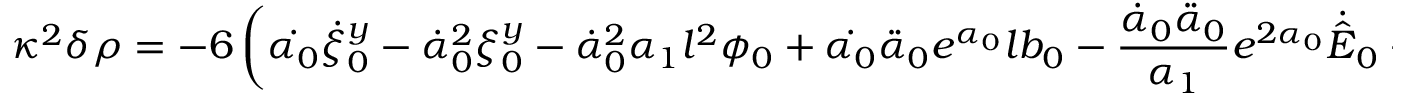
\kappa ^ { 2 } \delta \rho = - 6 \left( \dot { \alpha _ { 0 } } \dot { \xi } _ { 0 } ^ { y } - \dot { \alpha } _ { 0 } ^ { 2 } \xi _ { 0 } ^ { y } - \dot { \alpha } _ { 0 } ^ { 2 } \alpha _ { 1 } l ^ { 2 } \phi _ { 0 } + \dot { \alpha _ { 0 } } \ddot { \alpha } _ { 0 } e ^ { \alpha _ { 0 } } l b _ { 0 } - \frac { \dot { \alpha } _ { 0 } \ddot { \alpha } _ { 0 } } { \alpha _ { 1 } } e ^ { 2 \alpha _ { 0 } } \dot { \hat { E } } _ { 0 } - \hat { \Psi } _ { 1 } \right) ,